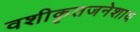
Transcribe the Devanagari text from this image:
वशीकृतजनेशाय